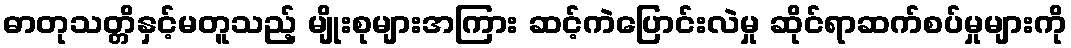
ဓာတုသတ္တိနှင့်မတူသည့် မျိုးစုများအကြား ဆင့်ကဲပြောင်းလဲမှု ဆိုင်ရာဆက်စပ်မှုများကို